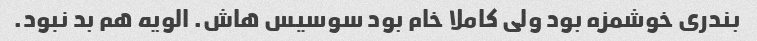
بندری خوشمزه بود ولی کاملا خام بود سوسیس هاش. الویه هم بد نبود.